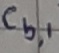
Text: CB,1